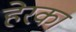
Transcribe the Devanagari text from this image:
हेरका